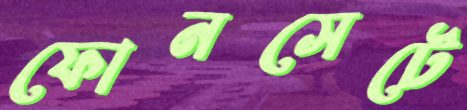
ফোনসেটে